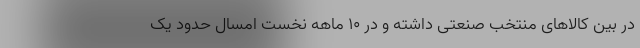
در بین کالاهای منتخب صنعتی داشته و در ۱۰ ماهه نخست امسال حدود یک